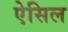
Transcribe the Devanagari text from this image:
ऐसिल